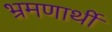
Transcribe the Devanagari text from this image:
भ्रमणार्थी